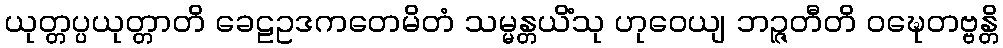
ယုတ္တပ္ပယုတ္တာတိ ခေဠဥဒကတေမိတံ သမ္မန္တယိံသု ဟုဝေယျ ဘဉ္ဇတီတိ ဝဍ္ဎေတဗ္ဗန္တိ